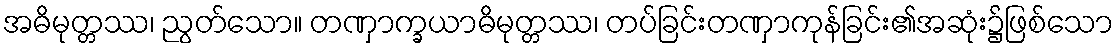
အဓိမုတ္တဿ၊ ညွတ်သော။ တဏှာက္ခယာဓိမုတ္တဿ၊ တပ်ခြင်းတဏှာကုန်ခြင်း၏အဆုံး၌ဖြစ်သော